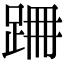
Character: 𨀢